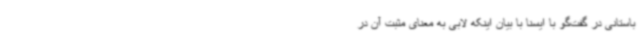
باستانی در گفت‌گو با ایسنا با بیان اینکه لابی به معنای مثبت آن در